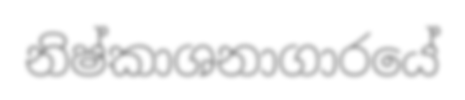
නිෂ්කාශනාගාරයේ